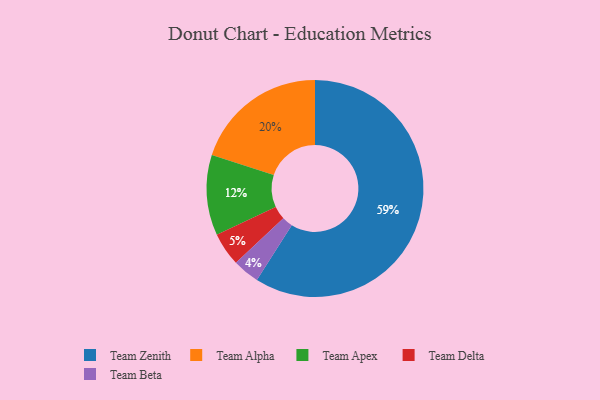
{"axis": {"x": "Category", "y": "Percentage"}, "legend": ["Team Alpha", "Team Apex", "Team Beta", "Team Delta", "Team Zenith"], "data": [{"x": "Team Alpha", "y": 20, "type": "Team Alpha"}, {"x": "Team Beta", "y": 4, "type": "Team Beta"}, {"x": "Team Zenith", "y": 59, "type": "Team Zenith"}, {"x": "Team Delta", "y": 5, "type": "Team Delta"}, {"x": "Team Apex", "y": 12, "type": "Team Apex"}]}